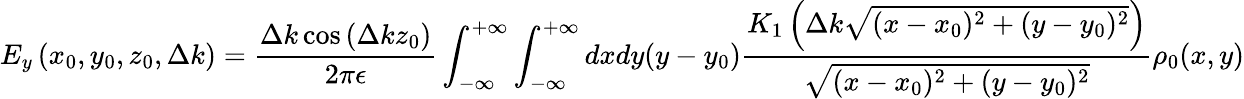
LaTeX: E_{y}\left(x_{0},y_{0},z_{0},\Delta k\right)=\frac{\Delta k\cos\left(\Delta kz_{0}\right)}{2\pi\epsilon}\int_{-\infty}^{+\infty}\int_{-\infty}^{+\infty}dxdy(y-y_{0})\frac{K_{1}\left(\Delta k\sqrt{(x-x_{0})^{2}+(y-y_{0})^{2}}\right)}{\sqrt{(x-x_{0})^{2}+(y-y_{0})^{2}}}\rho_{0}(x,y)